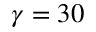
\gamma = 3 0